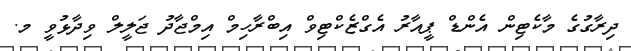
ދިރާގުގެ މާކެޓިން އެންޑް ޕީއާރު އެގްޒެކްޓިވް އިބްރާހިމް އިމްޖާދު ޖަލީލް ވިދާޅުވީ މ.